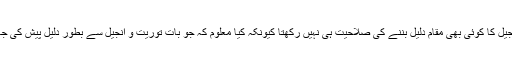
ایسی صورتحال میں توریت و انجیل کا کوئی بھی مقام دلیل بننے کی صلاحیت ہی نہیں رکھتا کیونکہ کیا معلوم کہ جو بات توریت و انجیل سے بطور دلیل پیش کی جا رہی ہو، وہ خود تحریف شدہ ہو۔